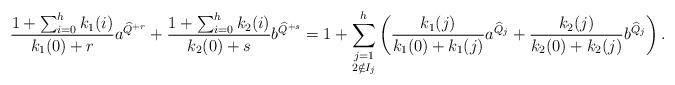
LaTeX: \begin{align*}\frac{1+\sum_{i=0}^hk_1(i)}{k_1(0)+r}a^{\widehat{Q}^{+r}} +\frac{1+\sum_{i=0}^hk_2(i)}{k_2(0)+s}b^{\widehat{Q}^{+s}} = 1 + \sum_{\substack{j=1 \\ 2 \notin I_j}}^h\left(\frac{k_1(j)}{k_1(0)+k_1(j)}a^{\widehat{Q}_j} +\frac{k_2(j)}{k_2(0)+k_2(j)}b^{\widehat{Q}_j}\right).\end{align*}